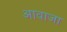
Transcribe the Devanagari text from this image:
आवाजा